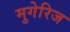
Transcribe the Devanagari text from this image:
मुगेरिज